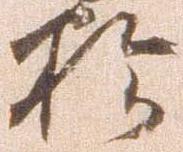
於